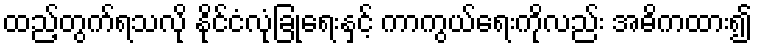
ထည့်တွက်ရသလို နိုင်ငံလုံခြုံရေးနှင့် ကာကွယ်ရေးကိုလည်း အဓိကထား၍